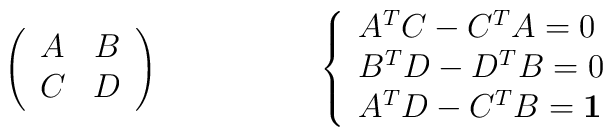
\left(\begin{array}{cc}A & B\\C &D\end{array}\right) \hskip 2cm \left\{\begin{array}{l}A^TC - C^T A =0\\B^T D - D^T B = 0\\ A^T D - C^T B = {\bf 1}\end{array}\right.